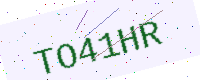
Text: TO41HR